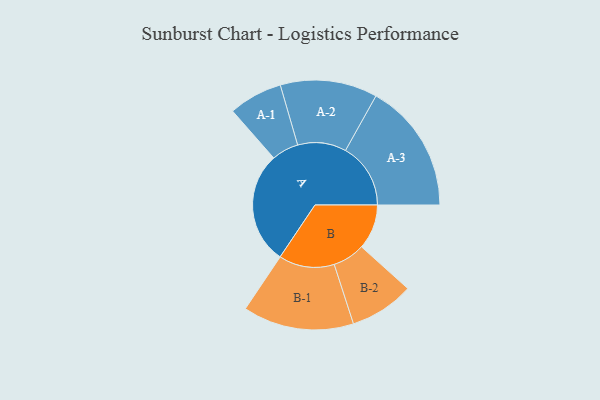
{"axis": {"x": "Segment", "y": "Value"}, "legend": ["", "A", "B"], "data": [{"x": "A", "y": 467, "type": ""}, {"x": "B", "y": 187, "type": ""}, {"x": "A-1", "y": 112, "type": "A"}, {"x": "A-2", "y": 202, "type": "A"}, {"x": "A-3", "y": 271, "type": "A"}, {"x": "B-1", "y": 231, "type": "B"}, {"x": "B-2", "y": 134, "type": "B"}]}